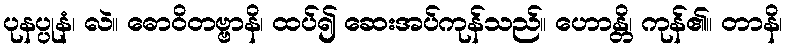
ပုနပ္ပုနံ၊ လဲ။ ဓောဝိတဗ္ဗာနိ၊ ထပ်၍ ဆေးအပ်ကုန်သည်။ ဟောန္တိ၊ ကုန်၏။ တာနိ၊